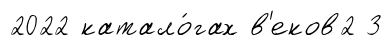
2022 катало́гах в'еков2 3